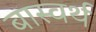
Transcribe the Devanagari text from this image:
बास्वर्थ